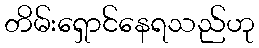
တိမ်းရှောင်နေရသည်ဟု